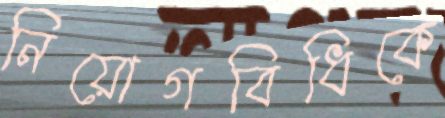
নিয়োগবিধিকে